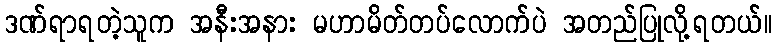
ဒဏ်ရာရတဲ့သူက အနီးအနား မဟာမိတ်တပ်လောက်ပဲ အတည်ပြုလို့ရတယ်။